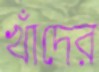
খাঁদের